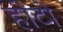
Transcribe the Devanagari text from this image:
होटो